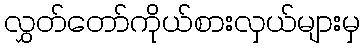
လွှတ်တော်ကိုယ်စားလှယ်များမှ